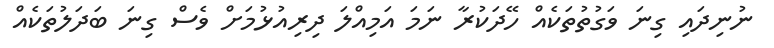
ނުނިދައި ގިނަ ވަގުތުތަކެއް ހޭދަކުރާ ނަމަ އަމިއްލަ ދިރިއުޅުމަށް ވެސް ގިނަ ބަދަލުތަކެއް